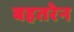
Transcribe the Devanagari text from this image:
बहतरेन